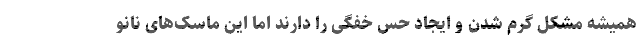
همیشه مشکل گرم شدن و ایجاد حس خفگی را دارند اما این ماسک‌های نانو